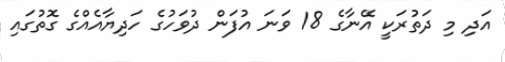
އަދި މި ދަތުރަކީ އޭނާގެ 18 ވަނަ އުފަން ދުވަހުގެ ހަދިޔާއެއްގެ ގޮތުގައި